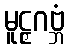
မူဠှဂဗ္ဘံ